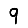
Digit: 9